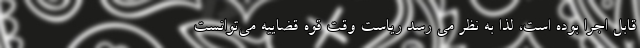
قابل اجرا بوده است، لذا به نظر می رسد ریاست وقت قوه قضاییه می‌توانست